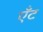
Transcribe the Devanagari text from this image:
ऍंट